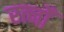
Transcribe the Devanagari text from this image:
रत्नोँ